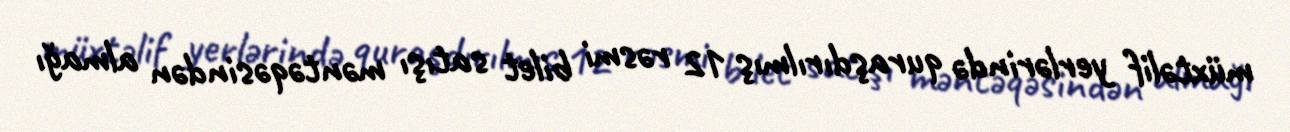
müxtəlif yerlərində quraşdırılmış 12 rəsmi bilet satışı məntəqəsindən almağı